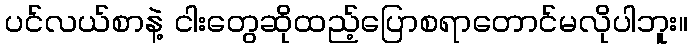
ပင်လယ်စာနဲ့ ငါးတွေဆိုထည့်ပြောစရာတောင်မလိုပါဘူး။